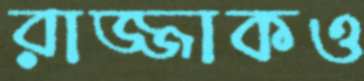
রাজ্জাকও